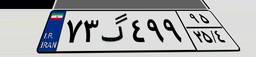
۷۳گ۴۹۹۹۵